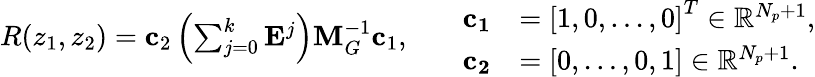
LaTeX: \begin{array}{rlr}{R(z_{1},z_{2})=\mathbf{c}_{2}\left(\sum_{j=0}^{k}\mathbf{E}^{j}\right)\mathbf{M}_{G}^{-1}\mathbf{c}_{1},}&{}&{\begin{array}{rl}{\mathbf{c_{1}}}&{=\left[1,0,\ldots,0\right]^{T}\in\mathbb{R}^{{N_{p}}+1},}\\ {\mathbf{c_{2}}}&{=\left[0,\ldots,0,1\right]\in\mathbb{R}^{{N_{p}}+1}.}\end{array}}\end{array}